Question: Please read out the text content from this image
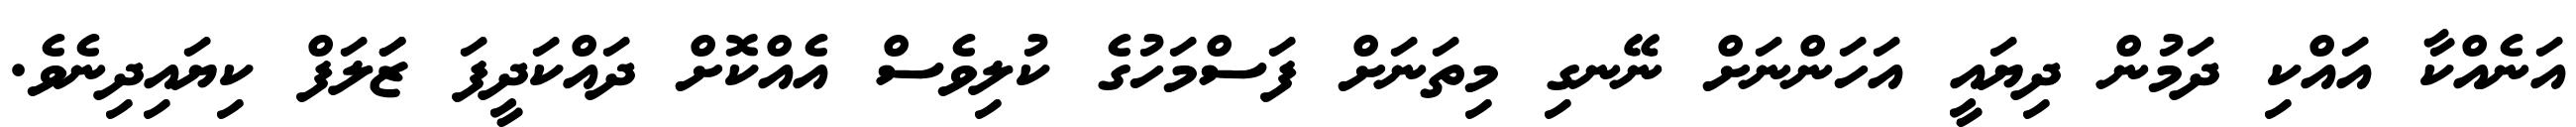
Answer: އަނެއްކާ އައްކި ދަމުން ދިޔައީ އަހަންނަށް ނޭނގި މިތަނަށް ފަސްމަހުގެ ކުލިވެސް އެއްކޮށް ދައްކަދީފަ ޒަަލަފް ކިޔައިދިނެވެ.